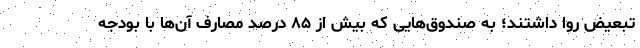
تبعیض روا داشتند؛ به صندوق‌هایی که بیش از ۸۵ درصد مصارف آن‌ها با بودجه